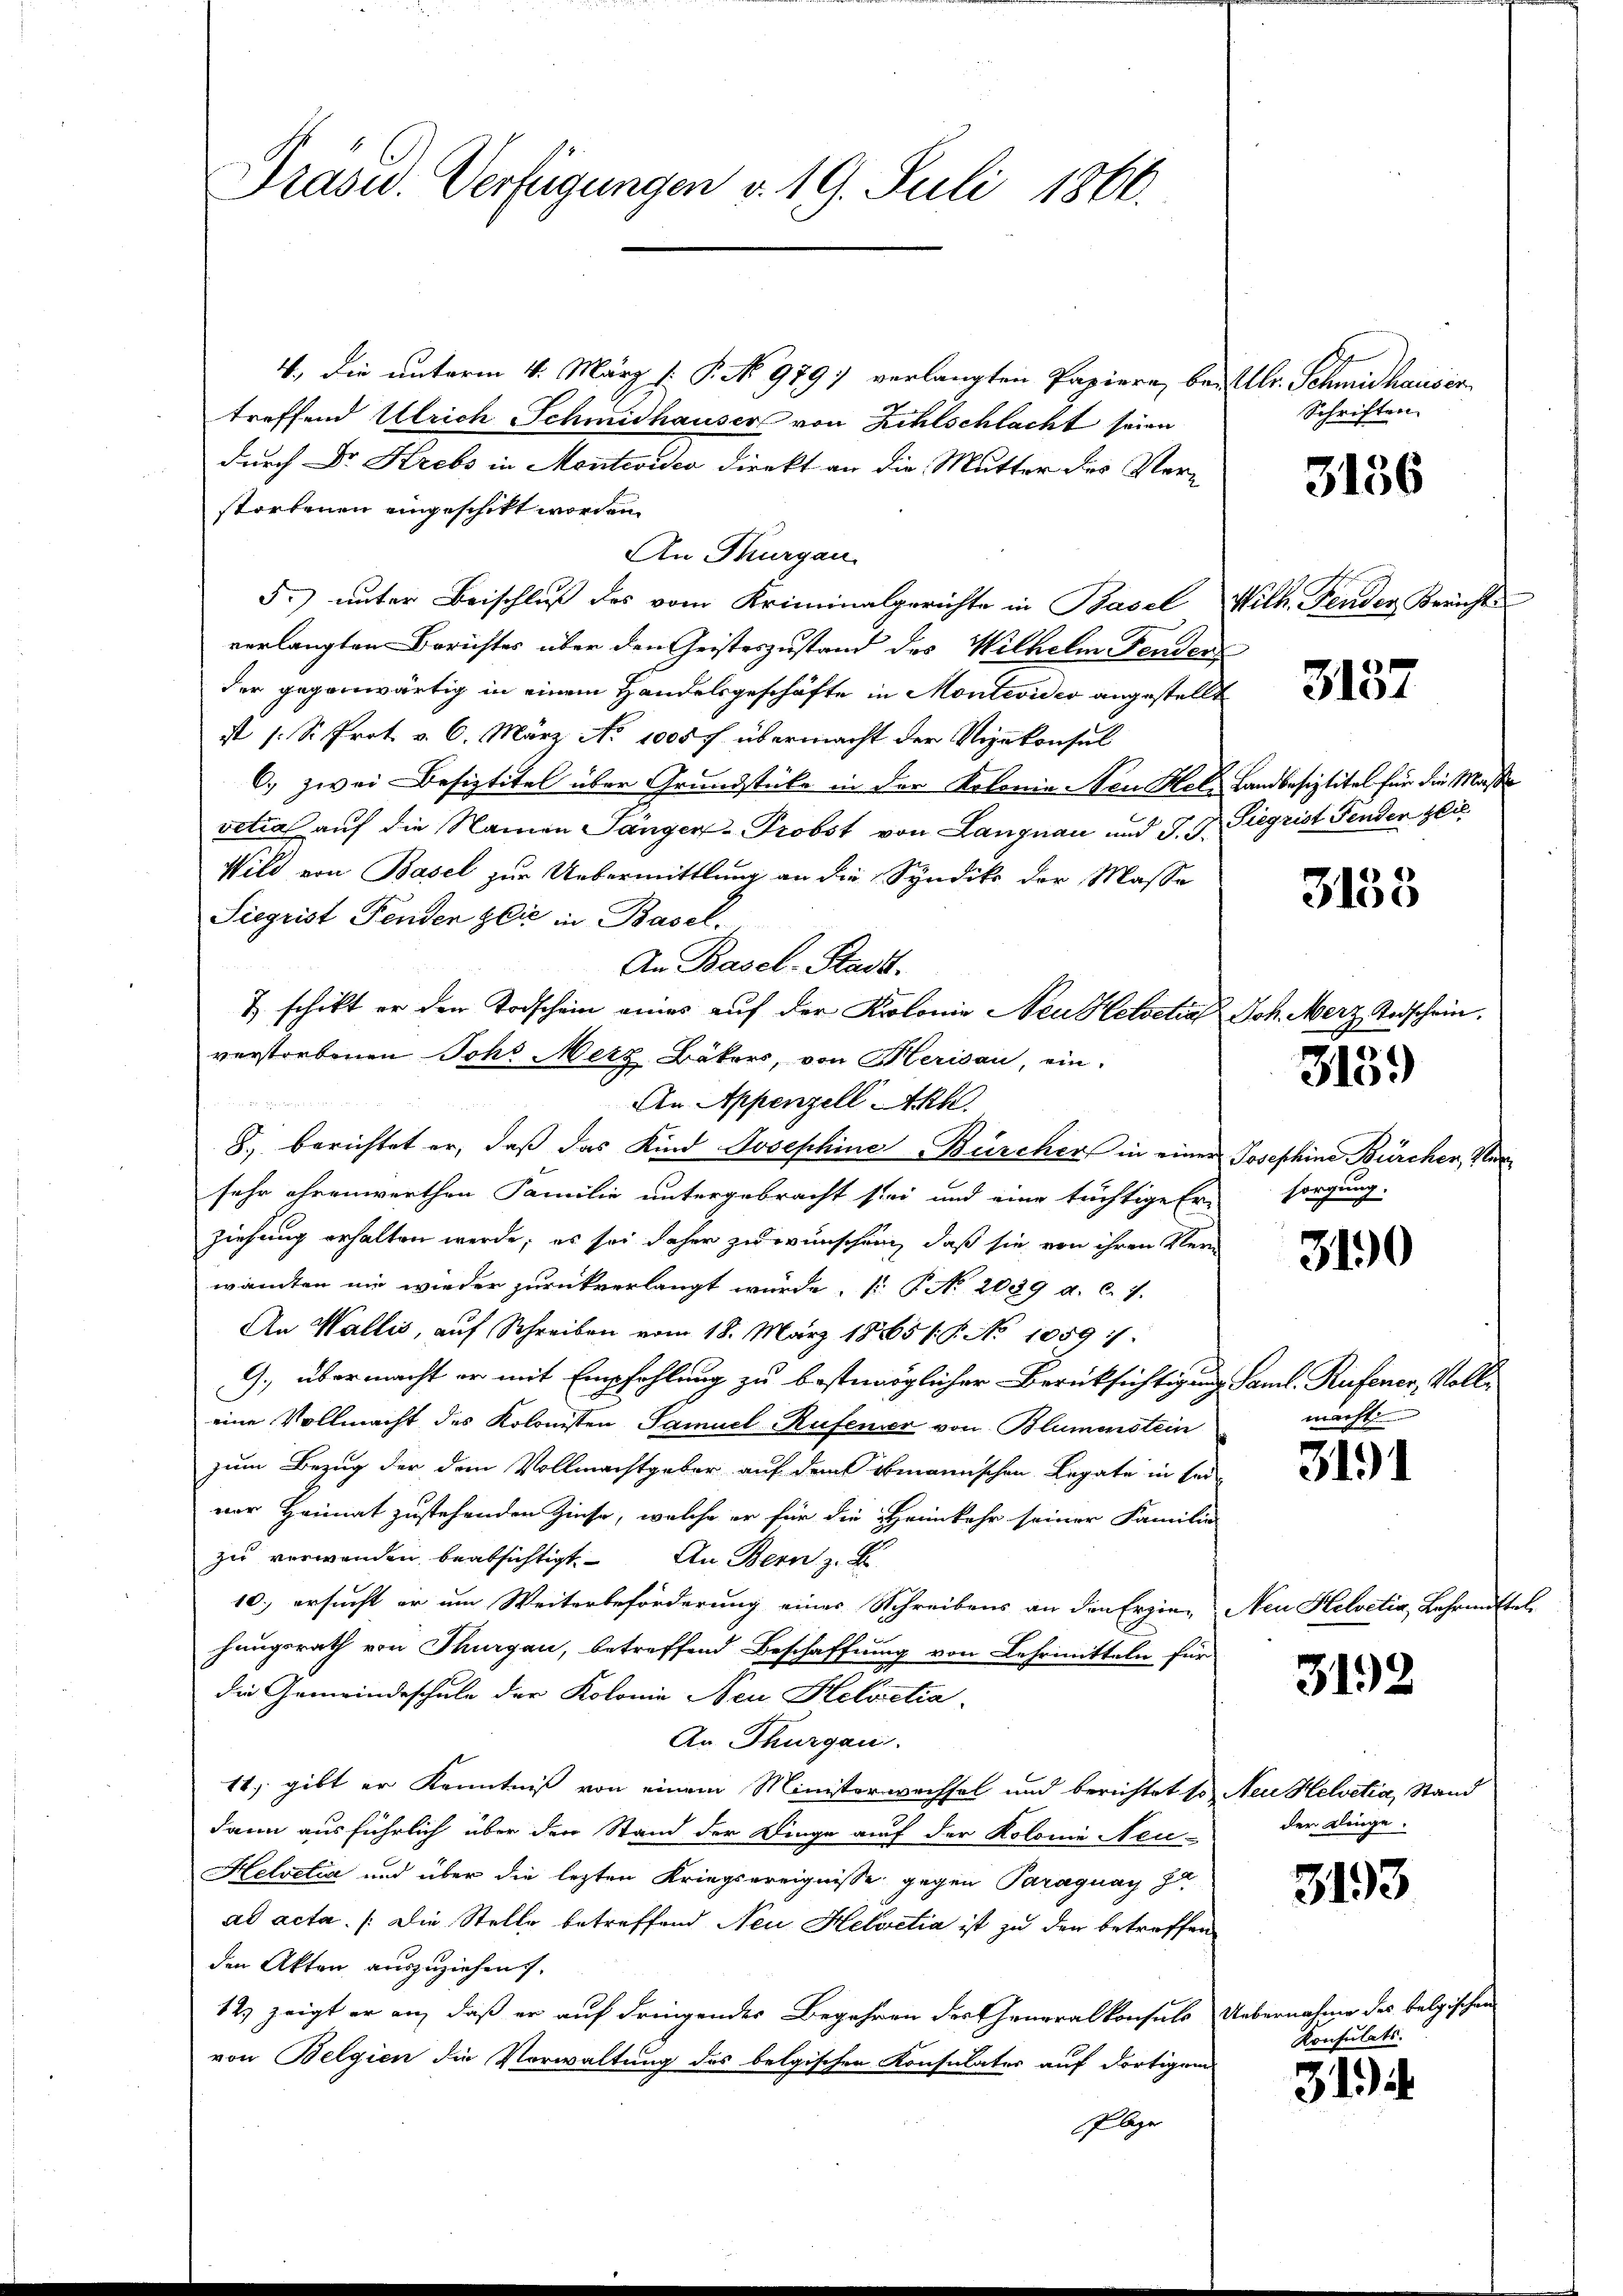
Präsid. Verfügungen v. 19. Juli 1866.

4., die unterm 4. März [ P. No 979) verlangten Papiere, be-
treffend Ulrich Schmidhauser von Kehlschlacht seien
durch Dr. Strebs in Montevideo direkt an die Mutter des Verstorbenen eingeschikt worden.
An Thurgau.
F.) unter Beischluß des vom Kriminalgerichte in Basel
verlangten Berichtes über den Geisteszustand des Wilhelm Fenden
der gegenwärtig in einem Handelsgeschäfte in Montevider angestellt
ist (: St. Prot v. 6. März No 1000 f übermacht der Vizekonsul
6.) zwei Besiztitel über Grundstücke in der Kolonie Neu etvetia auf die Namen Sänger-Probst von Langnau und J. J.
Wild von Basel zur Uebermittlung an die Syndik der Masse
Siegrist Fenden Zeit in Basel.,
An Basel-Stark.
& schikt er den Todschein eines auf der Krolonie Neu Helvetial
verstorbenen Joh. Merz Bäkers, von Merisau, ein-
An Appenzell Akh.

8. berichtet er, daß das Kind Josephine Bürcher, in einer
sehr ehrenwerthen Familie untergebracht sei und eine tüchtige Er-
ziehung erhalten werde; es sei daher zu wünschen, daß sie von ihren Ver
wandten nie wieder zurückverlangt wurde, [§ No 2039 d. c. 7.
An Wallis, auf Schreiben vom 18. März 1885/. P. No 1059 :/.
G. übermacht er mit Empfehlung zu bestmöglicher Berücksichtigung Saml. Rufener, Volleine Vollmacht des Kolonisten Samuel Rufener von Blumenstein
zum Bezug der dem Vollmachtgeber auf dem obmannischen Legate in seiver Heimat zustehenden Zinse, welche er für die Heimkehr seiner Familie
zu verwenden beabsichtigt. In Bern z. B
10. ersucht er um Weiterbeförderung eines Schreibens an den Erzie-
hungsrath von Thurgau, betreffend Beschaffung von Lehrmitteln für
die Gemeindeschule der Kolonie Neu Helvetia
Ar. Thurgau.
11, gibt er Kenntniß von einem Ministerwechsel und berichtet so Neu Helvetia, Stand
dann ausführlich über den Stand der Dinge auf der Kolonie Neu-
Helvetia und über die lezten Kriegsereignisse gegen Paraguay zu
ad acta. /:die Stelle betreffend Neu Helvetia ist zu den betreffen
den Akten auszuziehen.
12) zeigt er an, daß er auf dringendes Begehren des Generalkonsuls
von Belgien die Vorwaltung des belgischen Konsulater auf dortigem
Plage

Ubr. Schmidhauser
Schriften.

3156

Wilh. Fender Bericht

3137

Landbesiztitel für die Maß
Siegrist Fenden seie

3158

Joh. Merz Todschein.

3159

Josephine Bürchen, Ver
sorgung.

3190

machte

3191

Neu Helvetia, Lehrmittel

3192

der Klinge.

3193

Uebernahme des belgischen
Konsulats.

31)